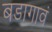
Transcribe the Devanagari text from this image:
बडागावं